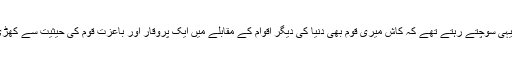
وہ ہر وقت یہی سوچتے رہتے تھے کہ کاش میری قوم بھی دنیا کی دیگر اقوام کے مقابلے میں ایک پُروقار اور باعزت قوم کی حیثیت سے کھڑی ہو سکے۔